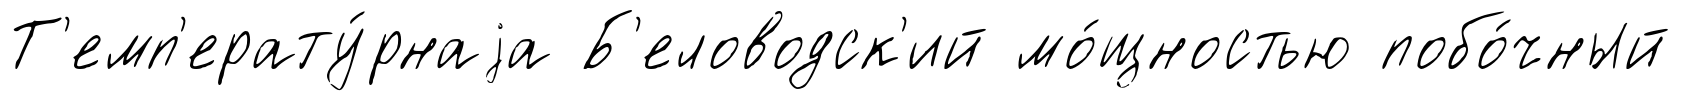
Т'емп'ерату́рнаjа Б'еловодск'ий мо́щностью побо́чный